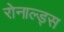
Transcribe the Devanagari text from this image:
रोनाल्ड्स